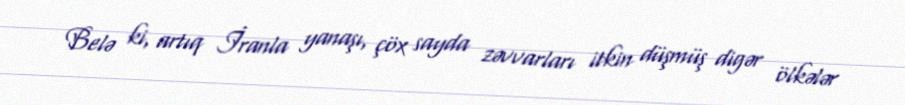
Belə ki, artıq İranla yanaşı, çöx sayda zəvvarları itkin düşmüş digər ölkələr